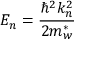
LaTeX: E _ { n } = { \frac { \hbar ^ { 2 } k _ { n } ^ { 2 } } { 2 m _ { w } ^ { * } } }